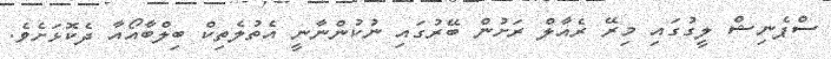
ސްޕެނިޝް ލީގުގައި މިރޭ ރެއާލް ރަށުން ބޭރުގައި ނުކުންނާނީ އެތުލެތިކް ބިލްބާއޯއާ ދެކޮޅަށެވެ.